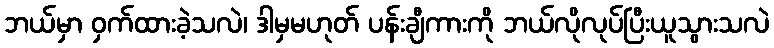
ဘယ်မှာ ဝှက်ထားခဲ့သလဲ၊ ဒါမှမဟုတ် ပန်းချီကားကို ဘယ်လိုလုပ်ပြီးယူသွားသလဲ